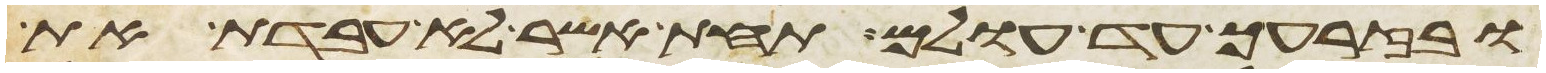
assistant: ובזרעך עד עולם תחת אשר לא עבדת את